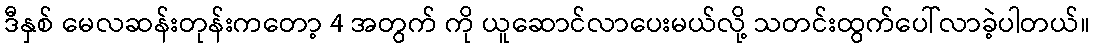
ဒီနှစ် မေလဆန်းတုန်းကတော့ 4 အတွက် ကို ယူဆောင်လာပေးမယ်လို့ သတင်းထွက်ပေါ်လာခဲ့ပါတယ်။